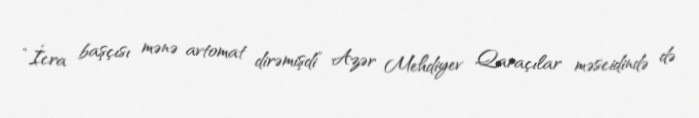
“İcra başçısı mənə avtomat dirəmişdi” Azər Mehdiyev Qaraçılar məscidində də